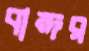
বান্দর